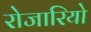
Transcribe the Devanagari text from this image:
रोजारियो